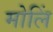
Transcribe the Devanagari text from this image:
मोलिं